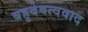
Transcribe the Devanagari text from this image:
बहुदेवत्ववाद